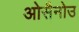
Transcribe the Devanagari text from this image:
ओसैनोउ